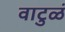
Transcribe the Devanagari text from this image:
वाटुळं